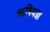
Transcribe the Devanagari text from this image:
ऋषियज्ञ